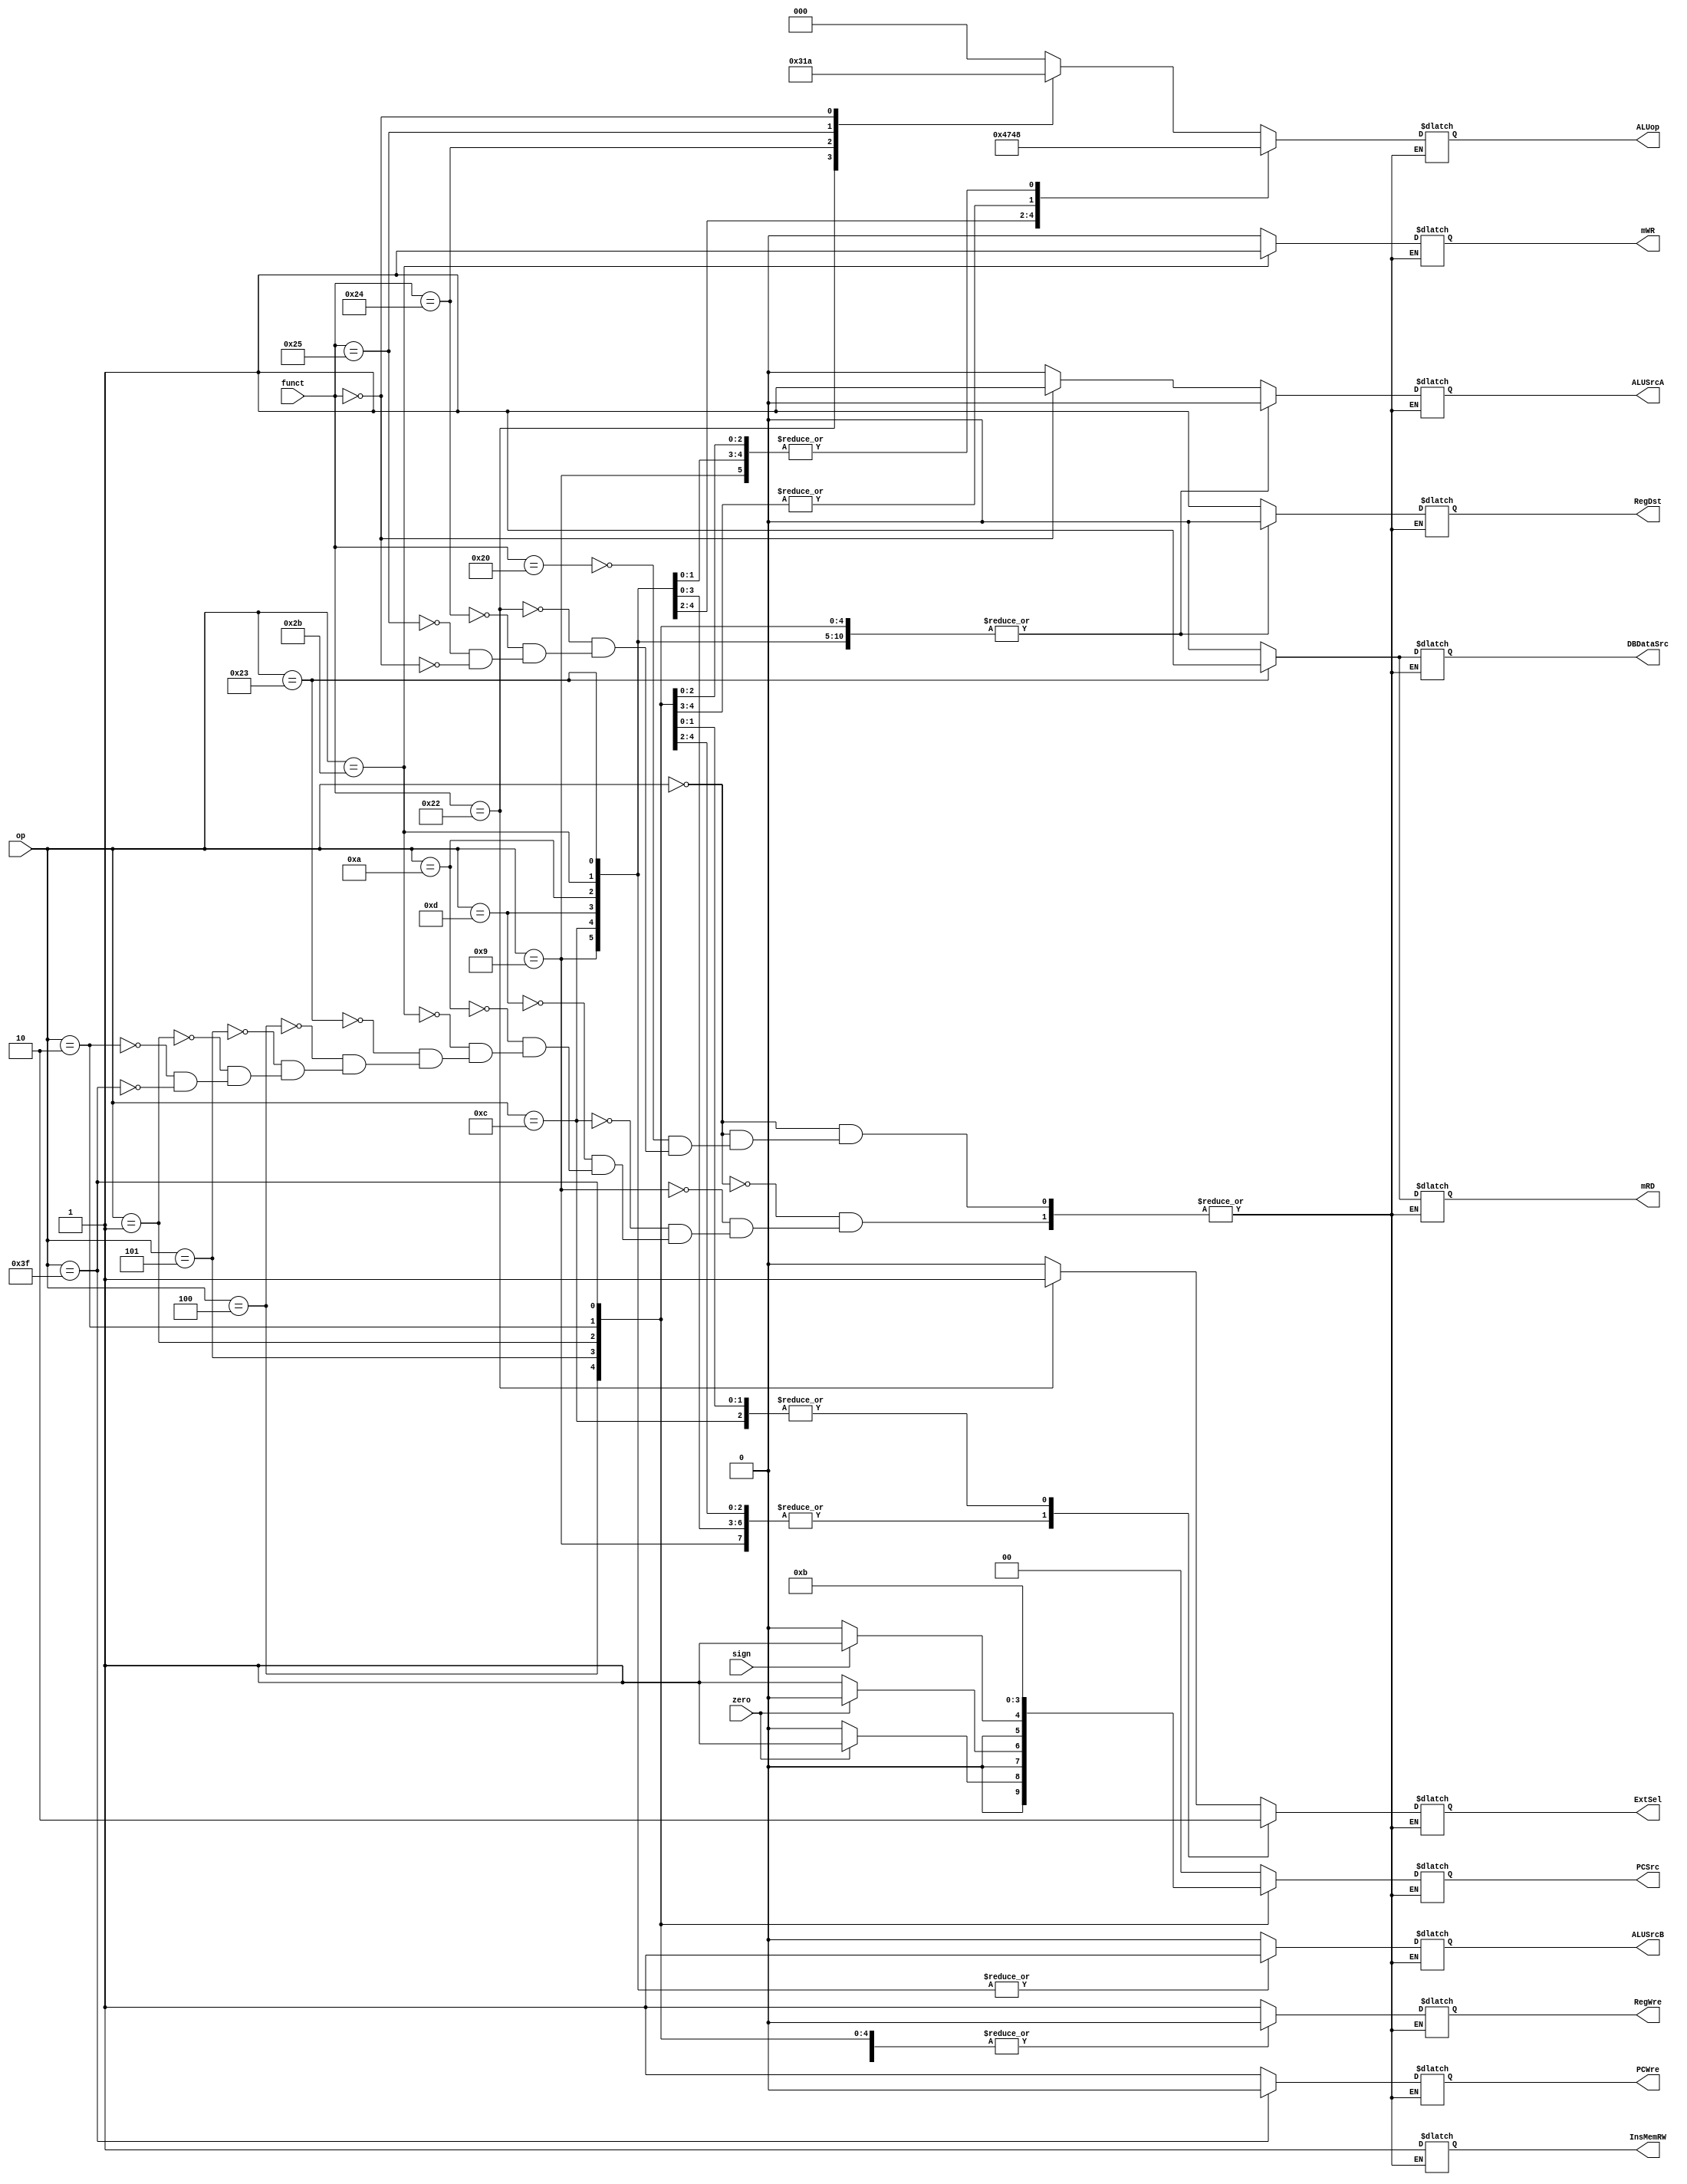
`timescale 1ns / 1ps
//////////////////////////////////////////////////////////////////////////////////
// Company: 
// Engineer: 
// 
// Design Name: 
// Module Name: ControlUnit
// Project Name: 
// Target Devices: 
// Tool Versions: 
// Description: 
// 
// Dependencies: 
// 
// Revision:
// Revision 0.01 - File Created
// Additional Comments:
// 
//////////////////////////////////////////////////////////////////////////////////


module ControlUnit(
        input zero,
        input sign,
        input [5:0] op,
        input [5:0] funct,
        output reg InsMemRW,
        output reg RegDst,
        output reg RegWre,
        output reg [2:0] ALUop,
        output reg [1:0] PCSrc,
        output reg ALUSrcA,
        output reg ALUSrcB,
        output reg mRD,
        output reg mWR,
        output reg DBDataSrc,
        output reg ExtSel,
        output reg PCWre
    );
    
    always@(op or zero or sign or funct) begin
        case(op)
            6'b000000: begin //R type
                case(funct)
                    6'b100000:begin     //add
                        PCWre = 1;
                        {ALUSrcA, ALUSrcB, DBDataSrc, RegWre, InsMemRW, mRD, mWR, RegDst, ExtSel} = 9'b000110010;
                        PCSrc[1:0] = 2'b00;
                        ALUop[2:0] = 3'b000;                           
                    end
                    6'b100010:begin     //sub
                        PCWre = 1;
                        {ALUSrcA, ALUSrcB, DBDataSrc, RegWre, InsMemRW, mRD, mWR, RegDst, ExtSel} = 9'b000110011;
                        PCSrc[1:0] = 2'b00;
                        ALUop[2:0] = 3'b001;
                    end
                    6'b100100:begin     //and
                        PCWre = 1;
                        {ALUSrcA, ALUSrcB, DBDataSrc, RegWre, InsMemRW, mRD, mWR, RegDst, ExtSel} = 9'b000110010;
                        PCSrc[1:0] = 2'b00;
                        ALUop[2:0] = 3'b100;
                    end
                    6'b100101:begin     //or
                        PCWre = 1;
                        {ALUSrcA, ALUSrcB, DBDataSrc, RegWre, InsMemRW, mRD, mWR, RegDst, ExtSel} = 9'b000110010;
                        PCSrc[1:0] <= 2'b00;
                        ALUop[2:0] <= 3'b011;
                    end
                    6'b000000:begin     //sll
                        PCWre = 1;
                        {ALUSrcA, ALUSrcB, DBDataSrc, RegWre, InsMemRW, mRD, mWR, RegDst, ExtSel} = 9'b100110010;
                        PCSrc[1:0] = 2'b00;
                        ALUop[2:0] = 3'b010;
                    end
               endcase     
            end
            6'b001001: begin    //addi
                PCWre = 1;
                {ALUSrcA, ALUSrcB, DBDataSrc, RegWre, InsMemRW, mRD, mWR, RegDst, ExtSel} = 9'b010110001;
                PCSrc[1:0] = 2'b00;
                ALUop[2:0] = 3'b000;
            end
            6'b001100: begin    // andi
                PCWre = 1;
                {ALUSrcA, ALUSrcB, DBDataSrc, RegWre, InsMemRW, mRD, mWR, RegDst, ExtSel} = 9'b010110000;
                PCSrc[1:0] = 2'b00;
                ALUop[2:0] = 3'b100;
            end
            6'b001101: begin    //ori
                PCWre = 1;
                {ALUSrcA, ALUSrcB, DBDataSrc, RegWre, InsMemRW, mRD, mWR, RegDst, ExtSel} = 9'b010110001;
                PCSrc[1:0] = 2'b00;
                ALUop[2:0] = 3'b011;
            end
            6'b001010: begin    //slti
                PCWre = 1;
                {ALUSrcA, ALUSrcB, DBDataSrc, RegWre, InsMemRW, mRD, mWR, RegDst, ExtSel} = 9'b010110001;
                PCSrc[1:0] = 2'b00;
                ALUop[2:0] = 3'b101;
            end
            6'b101011: begin    //sw
                PCWre = 1;
                {ALUSrcA, ALUSrcB, DBDataSrc, RegWre, InsMemRW, mRD, mWR, RegDst, ExtSel} = 9'b010010101;
                PCSrc[1:0] = 2'b00;
                ALUop[2:0] = 3'b000;
            end
            6'b100011: begin    //lw
                PCWre = 1;
                {ALUSrcA, ALUSrcB, DBDataSrc, RegWre, InsMemRW, mRD, mWR, RegDst, ExtSel} = 9'b011111001;
                PCSrc[1:0] = 2'b00;
                ALUop[2:0] = 3'b000;
            end
            6'b000100: begin    //beq
                PCWre = 1;
                {ALUSrcA, ALUSrcB, DBDataSrc, RegWre, InsMemRW, mRD, mWR, RegDst, ExtSel} = 9'b000010001;
                PCSrc[1:0] = (zero == 1 ? 2'b01 : 2'b00);
                ALUop[2:0] = 3'b001;
            end
            6'b000101: begin    //bne
                PCWre = 1;
                {ALUSrcA, ALUSrcB, DBDataSrc, RegWre, InsMemRW, mRD, mWR, RegDst, ExtSel} = 9'b000010001;
                PCSrc[1:0] = (zero == 1 ? 2'b00 : 2'b01);
                ALUop[2:0] = 3'b001;
            end
            6'b000001: begin    //bltz
                PCWre = 1;
                {ALUSrcA, ALUSrcB, DBDataSrc, RegWre, InsMemRW, mRD, mWR, RegDst, ExtSel} = 9'b000010001;
                PCSrc[1:0] = (sign == 1 ? 2'b01 : 2'b00);
                ALUop[2:0] = 3'b000;
            end
            6'b000010: begin    //j
                PCWre = 1;
                {ALUSrcA, ALUSrcB, DBDataSrc, RegWre, InsMemRW, mRD, mWR, RegDst, ExtSel} = 9'b000010000;
                PCSrc[1:0] = 2'b10;
                ALUop[2:0] = 3'b000;
            end
            6'b111111: begin    //halt
                PCWre = 0;
                {ALUSrcA, ALUSrcB, DBDataSrc, RegWre, InsMemRW, mRD, mWR, RegDst, ExtSel} = 9'b000010000;
                PCSrc[1:0] = 2'b11;
                ALUop[2:0] = 3'b000;
            end
        endcase
        end 
endmodule